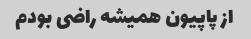
از پاپیون همیشه راضی بودم